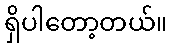
ရှိပါတော့တယ်။